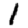
Digit: 1